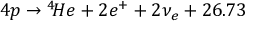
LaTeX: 4 p \to { } ^ { 4 } \! H e + 2 e ^ { + } + 2 \nu _ { e } + 2 6 . 7 3